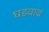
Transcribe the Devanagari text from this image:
घडवावं